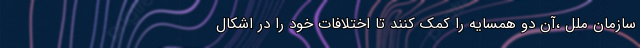
سازمان ملل ،آن دو همسایه را کمک کنند تا اختلافات خود را در اشکال